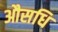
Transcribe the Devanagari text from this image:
औसधि